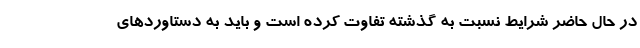
در حال حاضر شرایط نسبت به گذشته تفاوت کرده است و باید به دستاوردهای